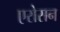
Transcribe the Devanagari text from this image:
एरोसन